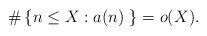
LaTeX: \begin{align*}\#\left\lbrace n\leq X : a(n)\ \right\rbrace=o(X).\end{align*}